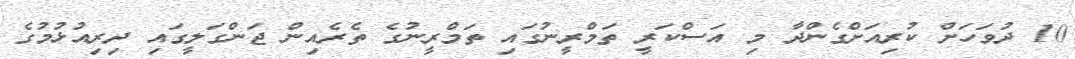
10 ދުވަހަށް ކުރިއަށްގެންދާ މި އަސްކަރީ ތަމްރީނުގައި ތަމްރީނުގެ ތެރެއިން ޖަންގަލީގައި ދިރިއުޅުމުގެ